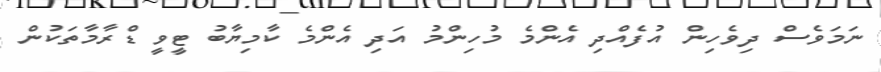
ނަމަވެސް ދިވެހިން އުފެއްދި އެންމެ މުހިންމު އަދި އެންމެ ކާމިޔާބު ޓީވީ ޑްރާމާތަކުން